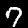
Label: 7